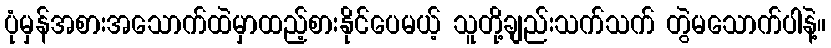
ပုံမှန်အစားအသောက်ထဲမှာထည့်စားနိုင်ပေမယ့် သူတို့ချည်းသက်သက် တွဲမသောက်ပါနဲ့။